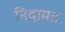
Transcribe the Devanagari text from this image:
निदामत